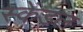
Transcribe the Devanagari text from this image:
स्केंडल